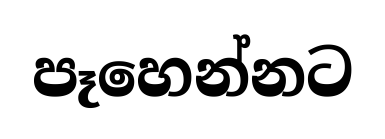
පෑහෙන්නට